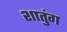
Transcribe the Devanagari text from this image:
शातुंग